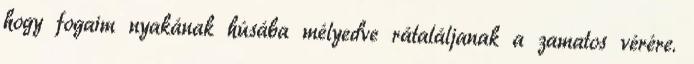
hogy fogaim nyakának húsába mélyedve rátaláljanak a zamatos vérére.